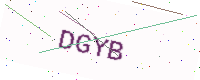
Text: DGYB